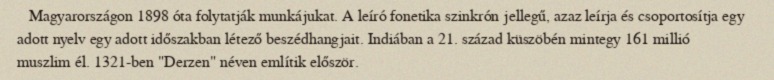
Magyarországon 1898 óta folytatják munkájukat. A leíró fonetika szinkrón jellegű, azaz leírja és csoportosítja egy adott nyelv egy adott időszakban létező beszédhangjait. Indiában a 21. század küszöbén mintegy 161 millió muszlim él. 1321-ben "Derzen" néven említik először.